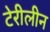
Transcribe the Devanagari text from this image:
टेरीलीन